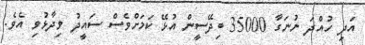
އަދި ހުއްދަ ނުނަގާ 35000 ބިދޭސީން އުޅޭ ކަމަށްވެސް ސައީދު ވިދާޅުވި އެވެ.